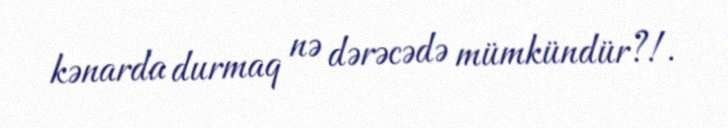
kənarda durmaq nə dərəcədə mümkündür?!.